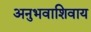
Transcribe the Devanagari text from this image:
अनुभवाशिवाय